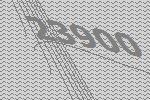
23900